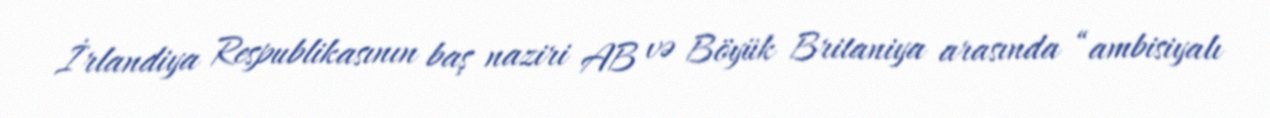
İrlandiya Respublikasının baş naziri AB və Böyük Britaniya arasında “ambisiyalı